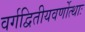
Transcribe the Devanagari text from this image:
वर्गद्वितीयवर्णोत्थाः